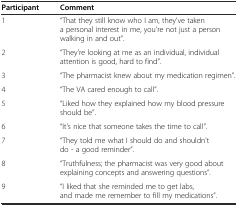
<table><thead><tr><td><b>Participant</b></td><td><b>Comment</b></td></tr></thead><tbody><tr><td>1</td><td>“That they still know who I am, they&#x27;ve taken a personal interest in me, you&#x27;re not just a person walking in and out”.</td></tr><tr><td>2</td><td>“They&#x27;re looking at me as an individual, individual attention is good, hard to find”.</td></tr><tr><td>3</td><td>“The pharmacist knew about my medication regimen”.</td></tr><tr><td>4</td><td>“The VA cared enough to call”.</td></tr><tr><td>5</td><td>“Liked how they explained how my blood pressure should be”.</td></tr><tr><td>6</td><td>“It&#x27;s nice that someone takes the time to call”.</td></tr><tr><td>7</td><td>“They told me what I should do and shouldn&#x27;t do - a good reminder”.</td></tr><tr><td>8</td><td>“Truthfulness; the pharmacist was very good about explaining concepts and answering questions”.</td></tr><tr><td>9</td><td>“I liked that she reminded me to get labs, and made me remember to fill my medications”.</td></tr></tbody></table>